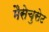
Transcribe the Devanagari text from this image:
मैसेचुसेट